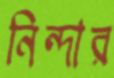
নিন্দার